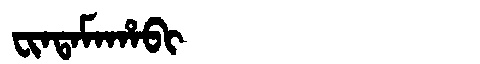
Manchu: ᠸᡳᠨᡨᠠᠮᠠᡥᠠᠪᡳ
Romanization: FINTAMAHABI